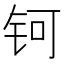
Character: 钶